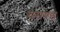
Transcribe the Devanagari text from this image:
घमण्‍ड